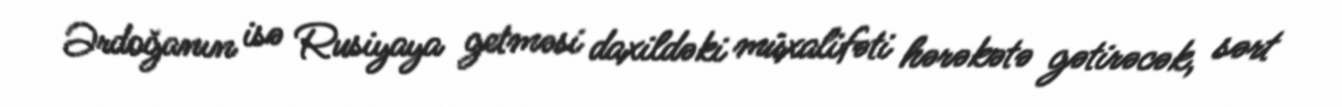
Ərdoğanın isə Rusiyaya getməsi daxildəki müxalifəti hərəkətə gətirəcək, sərt